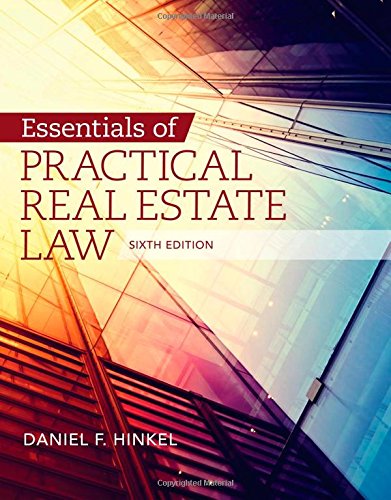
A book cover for Essentials of Practical Real Estate Law; Daniel F. Hinkel; Law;